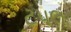
ટપલ